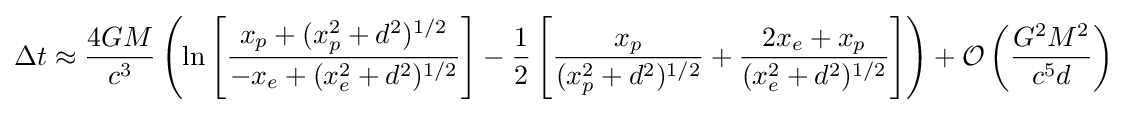
\Delta t\approx {\frac {4GM}{c^{3}}}\left(\ln \left[{\frac {x_{p}+(x_{p}^{2}+d^{2})^{1/2}}{-x_{e}+(x_{e}^{2}+d^{2})^{1/2}}}\right]-{\frac {1}{2}}\left[{\frac {x_{p}}{(x_{p}^{2}+d^{2})^{1/2}}}+{\frac {2x_{e}+x_{p}}{(x_{e}^{2}+d^{2})^{1/2}}}\right]\right)+{\mathcal {O}}\left({\frac {G^{2}M^{2}}{c^{5}d}}\right)